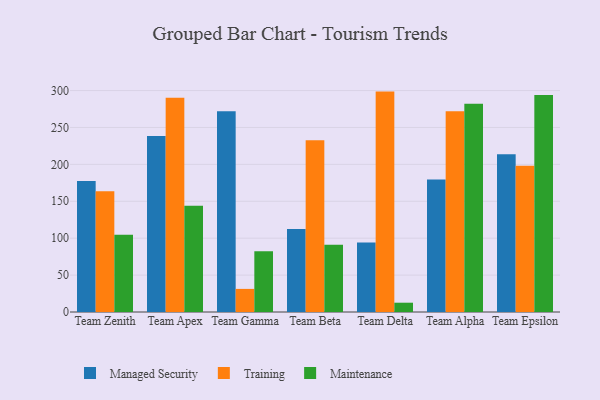
{"axis": {"x": "Team", "y": "Active Users"}, "legend": ["Maintenance", "Managed Security", "Training"], "data": [{"x": "Team Zenith", "y": 177.6, "type": "Managed Security"}, {"x": "Team Zenith", "y": 163.5, "type": "Training"}, {"x": "Team Zenith", "y": 104.7, "type": "Maintenance"}, {"x": "Team Apex", "y": 238.3, "type": "Managed Security"}, {"x": "Team Apex", "y": 290.1, "type": "Training"}, {"x": "Team Apex", "y": 143.9, "type": "Maintenance"}, {"x": "Team Gamma", "y": 272.0, "type": "Managed Security"}, {"x": "Team Gamma", "y": 31.3, "type": "Training"}, {"x": "Team Gamma", "y": 82.3, "type": "Maintenance"}, {"x": "Team Beta", "y": 112.4, "type": "Managed Security"}, {"x": "Team Beta", "y": 232.8, "type": "Training"}, {"x": "Team Beta", "y": 91.0, "type": "Maintenance"}, {"x": "Team Delta", "y": 94.1, "type": "Managed Security"}, {"x": "Team Delta", "y": 298.6, "type": "Training"}, {"x": "Team Delta", "y": 12.6, "type": "Maintenance"}, {"x": "Team Alpha", "y": 179.5, "type": "Managed Security"}, {"x": "Team Alpha", "y": 271.9, "type": "Training"}, {"x": "Team Alpha", "y": 282.1, "type": "Maintenance"}, {"x": "Team Epsilon", "y": 213.6, "type": "Managed Security"}, {"x": "Team Epsilon", "y": 198.0, "type": "Training"}, {"x": "Team Epsilon", "y": 294.1, "type": "Maintenance"}]}